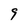
Character: 9